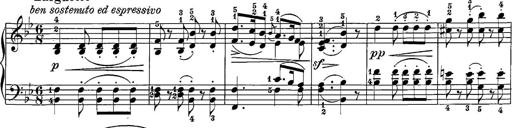
Title: 12 Sonatine per Pianoforte
Composer: Friedrich Kuhlau